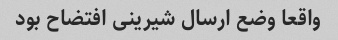
واقعا وضع ارسال شیرینی افتضاح بود